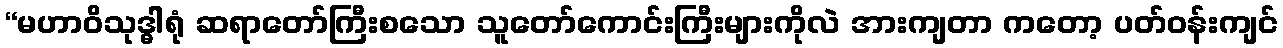
“မဟာဝိသုဒ္ဓါရုံ ဆရာတော်ကြီးစသော သူတော်ကောင်းကြီးများကိုလဲ အားကျတာ ကတော့ ပတ်ဝန်းကျင်